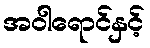
အဝါရောင်နှင့်